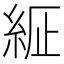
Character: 𦀍